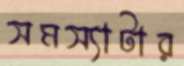
সমস্যাটার